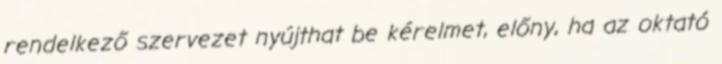
rendelkező szervezet nyújthat be kérelmet, előny, ha az oktató